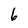
Character: 6